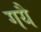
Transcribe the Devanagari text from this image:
गयै